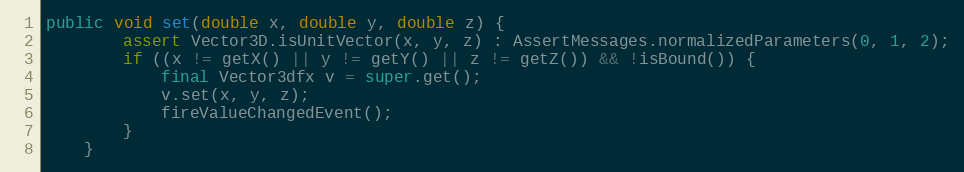
Language: Java
public void set(double x, double y, double z) {
		assert Vector3D.isUnitVector(x, y, z) : AssertMessages.normalizedParameters(0, 1, 2);
		if ((x != getX() || y != getY() || z != getZ()) && !isBound()) {
			final Vector3dfx v = super.get();
			v.set(x, y, z);
			fireValueChangedEvent();
		}
	}